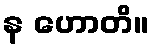
န ဟောတိ။